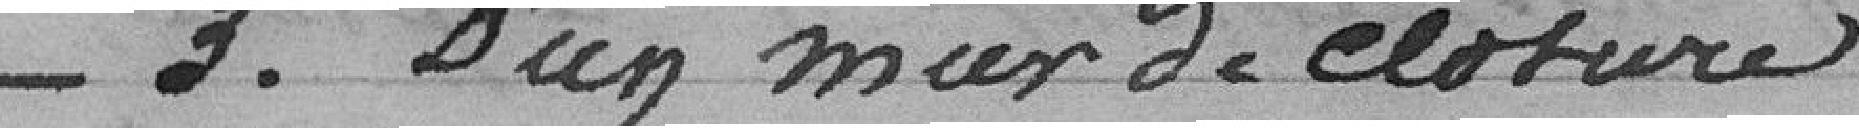
_3. D'un mur de cloture